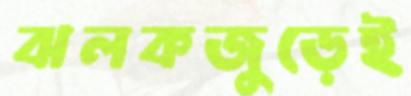
ঝলকজুড়েই